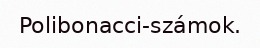
Polibonacci-számok.